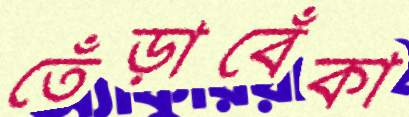
তেঁড়াবেঁকা